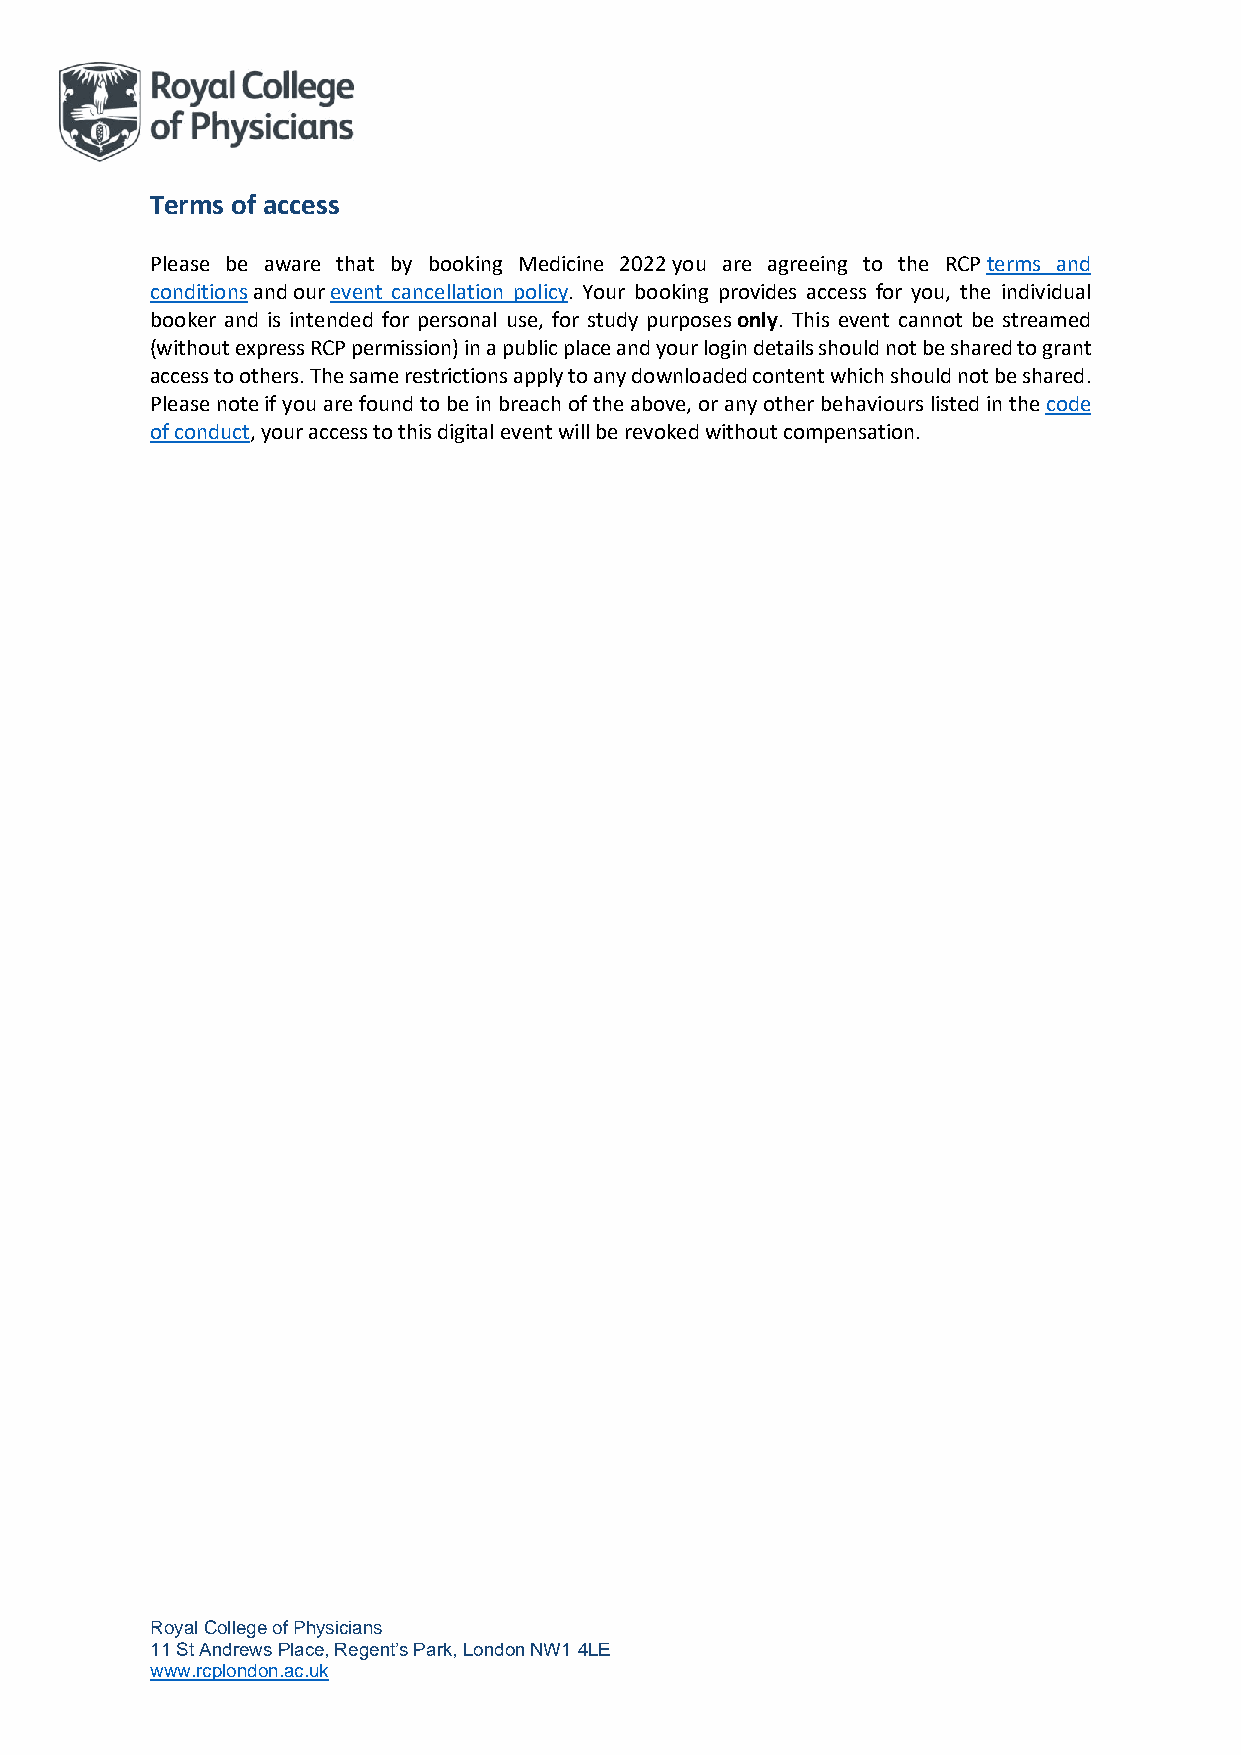
Terms of access
 Please be aware that by booking Medicine 2022 you are agreeing to the RCP terms and
 conditions and our event cancellation policy. Your booking provides access for you, the individual
 booker and is intended for personal use, for study purposes only. This event cannot be streamed
 (without express RCP permission) in a public place and your login details should not be shared to grant
 access to others. The same restrictions apply to any downloaded content which should not be shared.
 Please note if you are found to be in breach of the above, or any other behaviours listed in the code
 of conduct, your access to this digital event will be revoked without compensation.
 Royal College of Physicians
 11 St Andrews Place, Regent’s Park, London NW1 4LE
 www.rcplondon.ac.uk